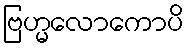
ဗြဟ္မလောကောပိ